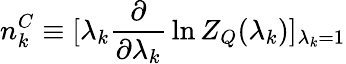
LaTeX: n_{k}^{C}\equiv[\lambda_{k}{\frac{\partial}{\partial\lambda_{k}}}\ln Z_{Q}(\lambda_{k})]_{\lambda_{k}=1}